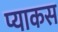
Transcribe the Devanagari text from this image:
प्याकस